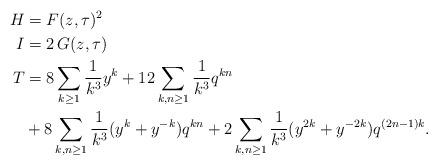
LaTeX: \begin{align*} H & = F(z,\tau)^2 \\ I & = 2\, G(z,\tau) \\ T & = 8 \sum_{k \geq 1} \frac{1}{k^3} y^k + 12 \sum_{k,n \geq 1} \frac{1}{k^3} q^{kn} \\ & + 8 \sum_{k,n \geq 1} \frac{1}{k^3} (y^k + y^{-k}) q^{kn} + 2 \sum_{k,n \geq 1} \frac{1}{k^3} (y^{2k} + y^{-2k}) q^{(2n-1) k}.\end{align*}